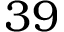
3 9